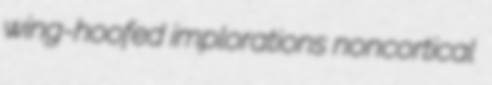
wing-hoofed implorations noncortical